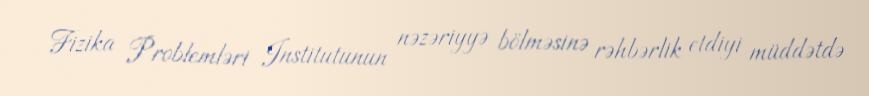
Fizika Problemləri Institutunun nəzəriyyə bölməsinə rəhbərlik etdiyi müddətdə